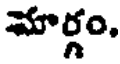
మార్గం,